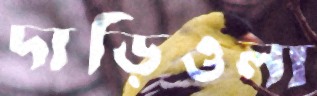
দাড়িওলা